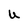
Character: U